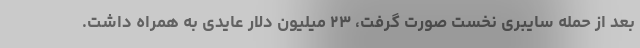
بعد از حمله سایبری نخست صورت گرفت، ۲۳ میلیون دلار عایدی به همراه داشت.